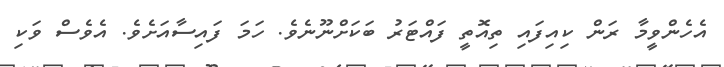
އެހެންވީމާ ރަން ކިއިފައި ތިއޮތީ ފައްޓަރު ބަަކަށްނޫނެވެ. ހަަމަ ފައިސާއަށެވެ. އެވެސް ވަކި